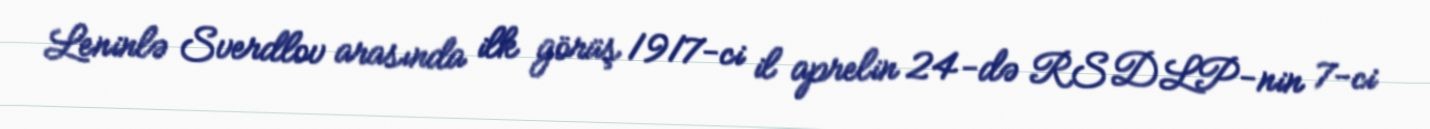
Leninlə Sverdlov arasında ilk görüş 1917-ci il aprelin 24-də RSDLP-nin 7-ci